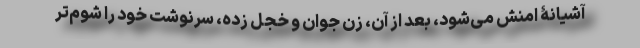
آشیانۀ امنش می‌شود، بعد از آن، زن جوان و خجل زده، سرنوشت خود را شوم‌تر